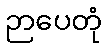
ဉာပေတုံ